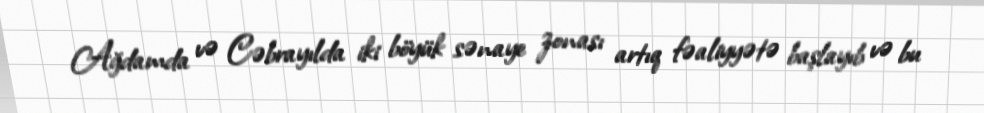
Ağdamda və Cəbrayılda iki böyük sənaye zonası artıq fəaliyyətə başlayıb və bu